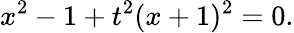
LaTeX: x^{2}-1+t^{2}(x+1)^{2}=0.